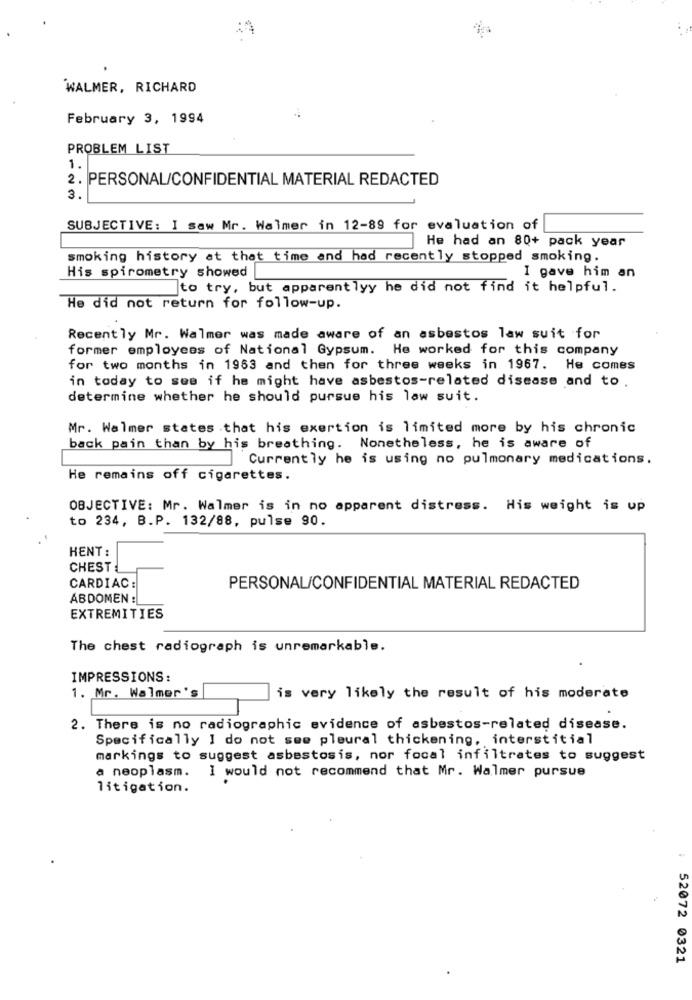
WALMER, RICHARD
February 3, 1994
PROBLEM LIST
1.
2. PERSONAL/CONFIDENTIAL MATERIAL REDACTED
3.
SUBJECTIVE: I saw Mr. Walmer in 12-89 for evaluation of
He had an 80+ pack year
smoking history at that time and had recently stopped smoking.
His spirometry showed
I gave him an
to try, but apparentlyy he did not find it helpful.
He did not return for follow-up.
Recently Mr. Walmer was made aware of an asbestos law suit for
former employees of National Gypsum. He worked for this company
for two months in 1983 and then for three weeks in 1967. He comes
in today to see if he might have asbestos-related disease and to.
determine whether he should pursue his law suit.
Mr. Walmer states that his exertion is limited more by his chronic
back pain than by his breathing. Nonetheless, he is aware of
Currently he is using no pulmonary medications.
He remains off cigarettes.
OBJECTIVE: Mr. Walmer is in no apparent distress. His weight is up
to 234, B.P. 132/88, pulse 90.
HENT :
CHEST
PERSONAL/CONFIDENTIAL MATERIAL REDACTED
CARDIAC :
ABDOMEN :
EXTREMITIES
The chest radiograph is unremarkable.
IMPRESSIONS:
1. Mr. Walmer's
is very likely the result of his moderate
2. There is no radiographic evidence of asbestos-related disease.
Specifically I do not see pleural thickening, interstitial
markings to suggest asbestosis, nor focal infiltrates to suggest
a neoplasm. I would not recommend that Mr. Walmer pursue
litigation.
52072 0321